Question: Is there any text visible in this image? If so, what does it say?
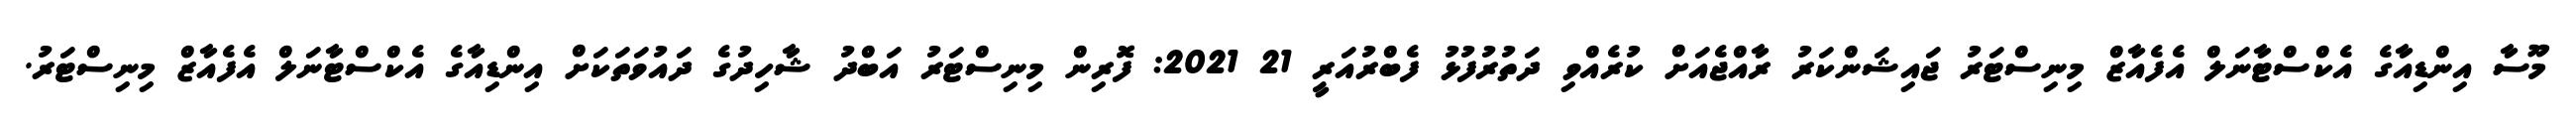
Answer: މޫސާ އިންޑިއާގެ އެކްސްޓާނަލް އެފެއާޒް މިނިސްޓަރު ޖައިޝަންކަރު ރާއްޖެއަށް ކުރެއްވި ދަތުރުފުޅު ފެބްރުއަރީ 21 2021: ފޮރިން މިނިސްޓަރު އަބްދު ޝާހިދުގެ ދައުވަތަކަށް އިންޑިއާގެ އެކްސްޓާނަލް އެފެއާޒް މިނިސްޓަރު.